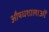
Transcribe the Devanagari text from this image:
औषधशालाओं